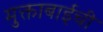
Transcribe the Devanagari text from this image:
मुक्ताबाईची